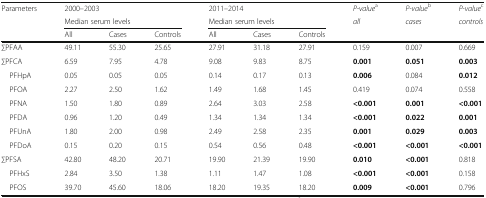
<table><thead><tr><td><b>Parameters</b></td><td colspan="3"><b>2000–2003</b></td><td colspan="3"><b>2011–2014</b></td><td><b><i>P-value</i><sup>a</sup></b></td><td><b><i>P-value</i><sup>b</sup></b></td><td><b><i>P-value</i><sup>c</sup></b></td></tr><tr><td></td><td colspan="3"><b>Median serum levels</b></td><td colspan="3"><b>Median serum levels</b></td><td><b><i>all</i></b></td><td><b><i>cases</i></b></td><td><b><i>controls</i></b></td></tr><tr><td></td><td><b>All</b></td><td><b>Cases</b></td><td><b>Controls</b></td><td><b>All</b></td><td><b>Cases</b></td><td><b>Controls</b></td><td></td><td></td><td></td></tr></thead><tbody><tr><td>∑PFAA</td><td>49.11</td><td>55.30</td><td>25.65</td><td>27.91</td><td>31.18</td><td>27.91</td><td>0.159</td><td>0.007</td><td>0.669</td></tr><tr><td>∑PFCA</td><td>6.59</td><td>7.95</td><td>4.78</td><td>9.08</td><td>9.83</td><td>8.75</td><td><b>0.001</b></td><td><b>0.051</b></td><td><b>0.003</b></td></tr><tr><td> PFHpA</td><td>0.05</td><td>0.05</td><td>0.05</td><td>0.14</td><td>0.17</td><td>0.13</td><td><b>0.006</b></td><td>0.084</td><td><b>0.012</b></td></tr><tr><td> PFOA</td><td>2.27</td><td>2.50</td><td>1.62</td><td>1.49</td><td>1.68</td><td>1.45</td><td>0.419</td><td>0.074</td><td>0.558</td></tr><tr><td> PFNA</td><td>1.50</td><td>1.80</td><td>0.89</td><td>2.64</td><td>3.03</td><td>2.58</td><td><b>&lt;0.001</b></td><td><b>0.001</b></td><td><b>&lt;0.001</b></td></tr><tr><td> PFDA</td><td>0.96</td><td>1.20</td><td>0.49</td><td>1.34</td><td>1.34</td><td>1.34</td><td><b>&lt;0.001</b></td><td><b>0.022</b></td><td><b>0.001</b></td></tr><tr><td> PFUnA</td><td>1.80</td><td>2.00</td><td>0.98</td><td>2.49</td><td>2.58</td><td>2.35</td><td><b>0.001</b></td><td><b>0.029</b></td><td><b>0.003</b></td></tr><tr><td> PFDoA</td><td>0.15</td><td>0.20</td><td>0.15</td><td>0.54</td><td>0.56</td><td>0.48</td><td><b>&lt;0.001</b></td><td><b>&lt;0.001</b></td><td><b>&lt;0.001</b></td></tr><tr><td>∑PFSA</td><td>42.80</td><td>48.20</td><td>20.71</td><td>19.90</td><td>21.39</td><td>19.90</td><td><b>0.010</b></td><td><b>&lt;0.001</b></td><td>0.818</td></tr><tr><td> PFHxS</td><td>2.84</td><td>3.50</td><td>1.38</td><td>1.11</td><td>1.47</td><td>1.08</td><td><b>&lt;0.001</b></td><td><b>&lt;0.001</b></td><td>0.158</td></tr><tr><td> PFOS</td><td>39.70</td><td>45.60</td><td>18.06</td><td>18.20</td><td>19.35</td><td>18.20</td><td><b>0.009</b></td><td><b>&lt;0.001</b></td><td>0.796</td></tr></tbody></table>